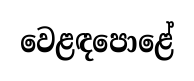
වෙළඳපොළේ